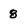
Character: 8